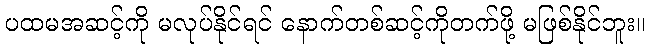
ပထမအဆင့်ကို မလုပ်နိုင်ရင် နောက်တစ်ဆင့်ကိုတက်ဖို့ မဖြစ်နိုင်ဘူး။